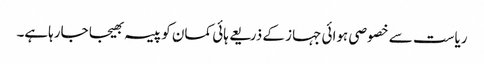
ریاست سے خصوصی ہوائی جہاز کے ذریعے ہائی کمان کو پیسہ بھیجا جارہاہے۔